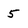
Character: 5